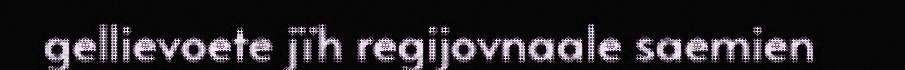
gellievoete jïh regijovnaale saemien